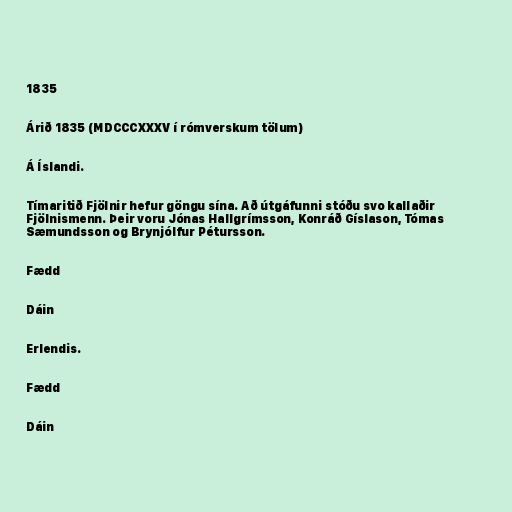
1835

Árið 1835 (MDCCCXXXV í rómverskum tölum)

Á Íslandi.

Tímaritið Fjölnir hefur göngu sína. Að útgáfunni stóðu svo kallaðir
Fjölnismenn. Þeir voru Jónas Hallgrímsson, Konráð Gíslason, Tómas
Sæmundsson og Brynjólfur Pétursson.

Fædd

Dáin

Erlendis.

Fædd

Dáin